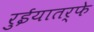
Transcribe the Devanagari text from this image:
रुईयातर्फे